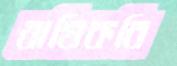
ঋষিকবি